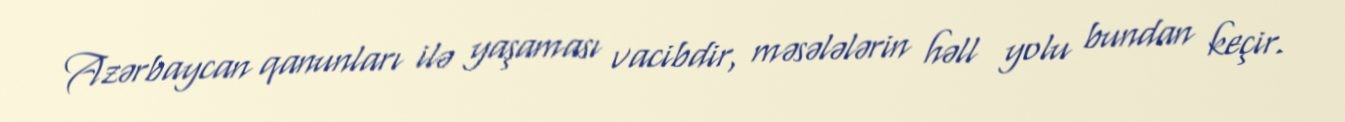
Azərbaycan qanunları ilə yaşaması vacibdir, məsələlərin həll yolu bundan keçir.